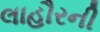
લાહૌરની